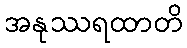
အနုဿရထာတိ